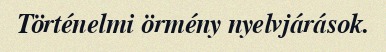
Történelmi örmény nyelvjárások.